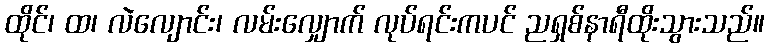
ထိုင်၊ ထ၊ လဲလျောင်း၊ လမ်းလျှောက် လုပ်ရင်းကပင် ညရှစ်နာရီထိုးသွားသည်။